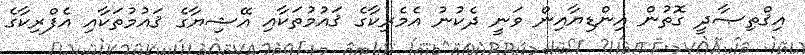
އިޤްތިޞާދީ ގޮތުން އިންޑިޔާއިން ވަނީ ދެކުނު އެމެރިކާގެ ޤައުމުތަކާއި އޭޝިޔާގެ ޤައުމުތަކާއި އެފްރިކާގެ